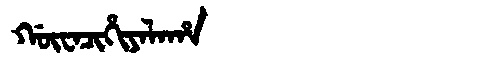
Manchu: ᡤᡡᠸᠠᠴᡳᡥᡳᠶᠠᠯᠠᡥᠠ
Romanization: GŪWACIHIYALAHA